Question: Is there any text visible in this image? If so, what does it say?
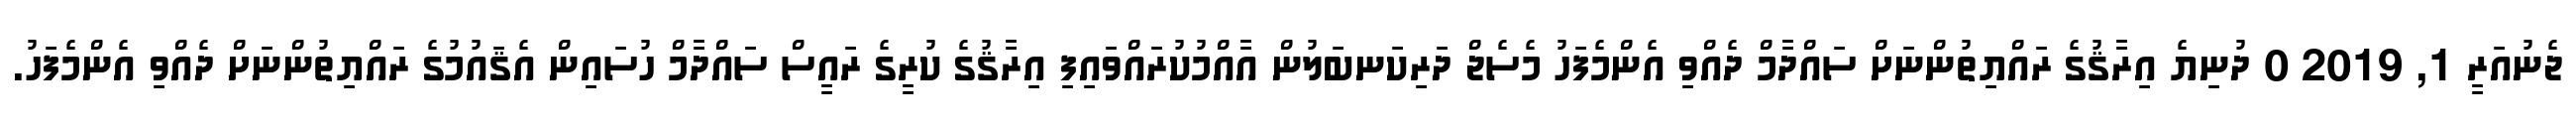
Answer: ޖެނުއަރީ 1, 2019 0 ދުނިޔެ އިރާޤުގެ ރައްޔިތުންނަށް ސައްދާމް ދެއްވި އެންމެފަހު މެސެޖް ދަރިކަނބަލުން އާއްމުކުރައްވައިފި އިރާޤުގެ ކުރީގެ ރައީސް ސައްދާމް ހުސައިން އެޤައުމުގެ ރައްޔިތުންނަށް ދެއްވި އެންމެފަހު.